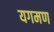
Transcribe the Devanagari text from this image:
यगमण